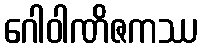
ဂေါဝါဏိဇကဿ